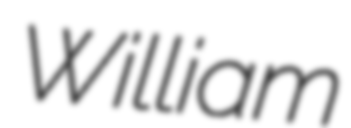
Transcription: William